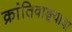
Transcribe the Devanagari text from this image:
क्रांतिवाङ्मयाचा